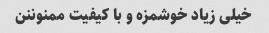
خیلی زیاد خوشمزه و با کیفیت ممنوننن